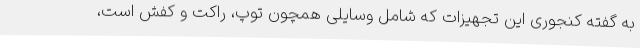
به گفته کنجوری این تجهیزات که شامل وسایلی همچون توپ، راکت و کفش است،